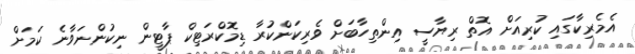
އެމެރިކާގައި ކުރިއަށް އޮތް ރިޔާސީ އިންތިހާބަށް ވެރިކަންކުރާ ޑިމޮކްރަޓިކް ޕާޓީން ނިކުންނަވާނެ ކަމަށް